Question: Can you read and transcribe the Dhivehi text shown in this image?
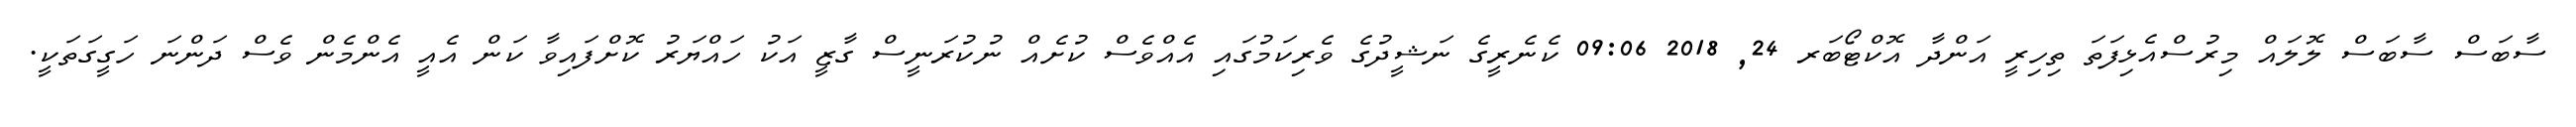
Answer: ސާބަސް ސާބަސް ލޮލައް މިރުސްއެޅިފަތަ ތިހިރީ އަންދާ އޮކްޓޯބަރ 24, 2018 09:06 ކެނެރީގެ ނަޝީދުގެ ވެރިކަމުގައި އެއްވެސް ކުށެއް ނުކުރަނީސް ގާޒީ އަކު ހައްޔަރު ކޮށްފައިވާ ކަން އެއީ އެންމެން ވެސް ދަންނަ ހަގީގަތަކީ.